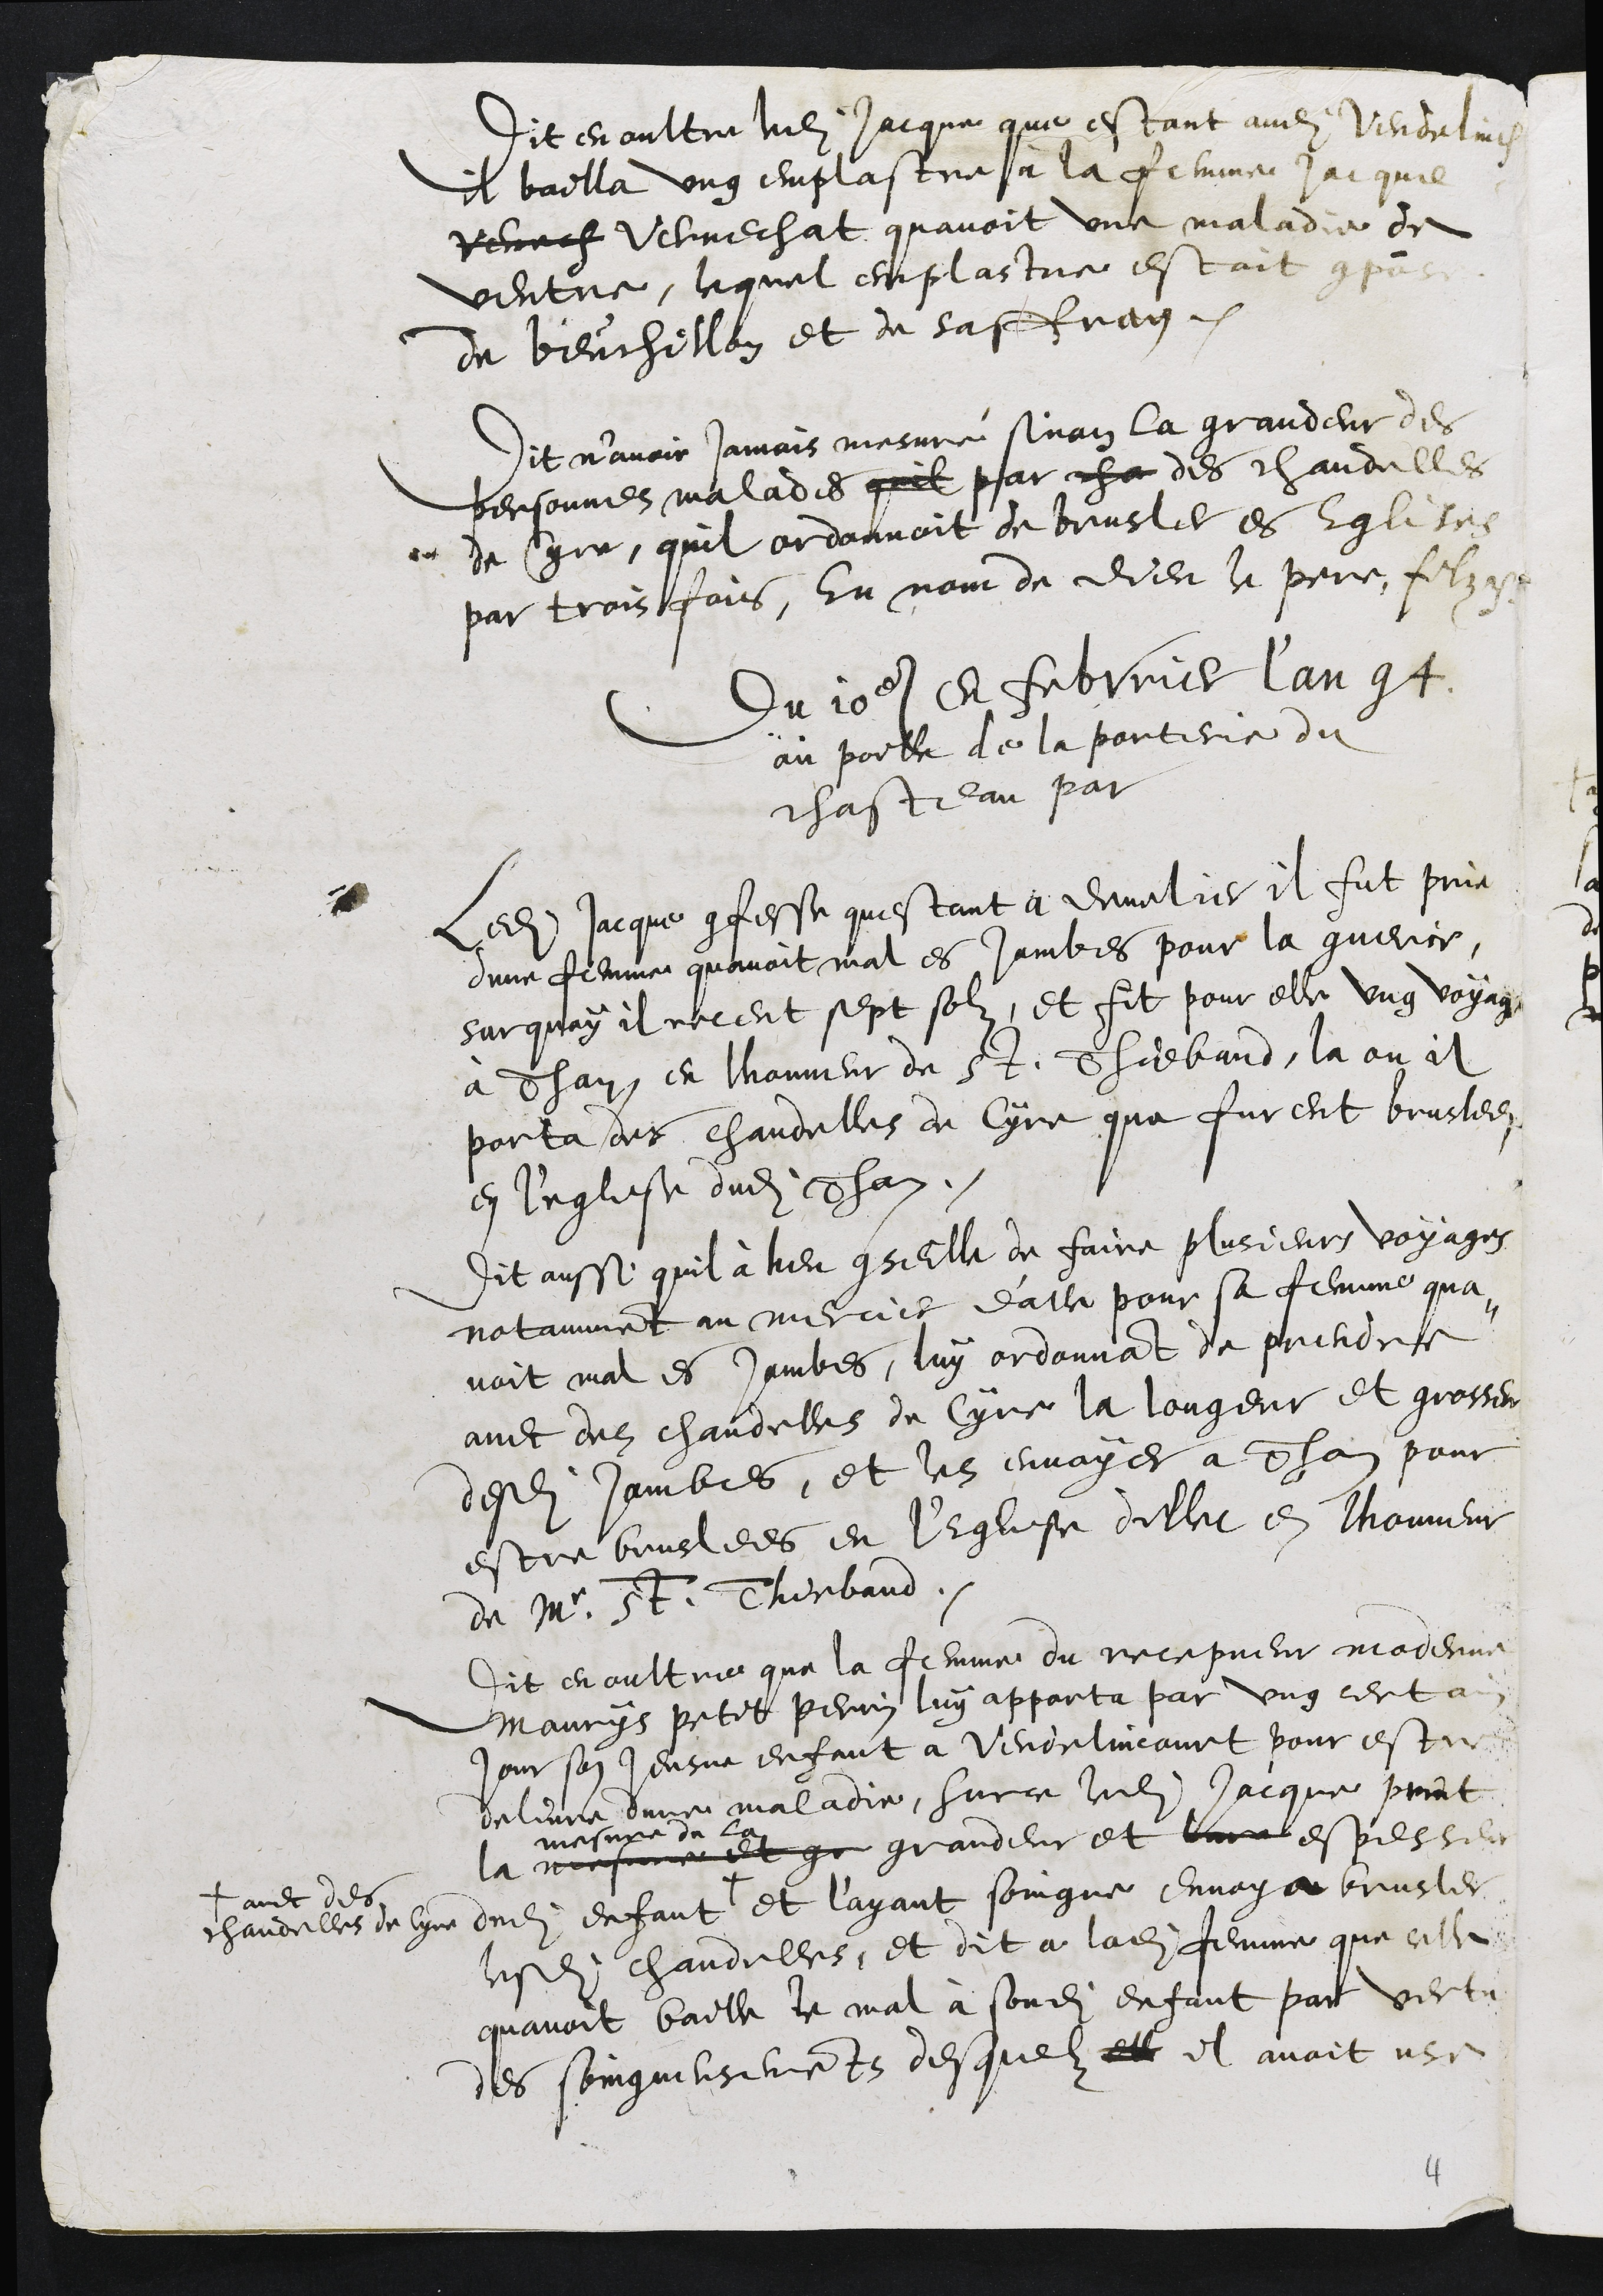
Dit en oultre ledit Jacque que estant audit Vendelincourt
il bailla ung emplastre a la femme Jacque
Venech Vernechat quavoit une maladie de
ventre, lequel emplastre estoit compose
de beuchillon et de saffran.
Dit n’avoir jamais mesuré, sinon la grandeur des
personnez malades quil par cha des chandelles
de Cyre, quil ordonnoit de brusler es Eglises
par trois fois, En nom de Dieu le pere, filz etc.
Du 10e Febvrier l'an 94
au poille de la porterie du
chasteau par
ledit Jaque confesse questant a Develier il fut prie
dune femme quavoit mal es jambes pour la guerir
Surquoy il receut sept solz, et fit pour elle ung voyage
à Than, en honneur de St. Thiebaud, la ou il
porta des chandelles de Cyre que furent bruslees
en l'eglise dudit Than
Dit aussi quil à heu conseille de faire plusieurs voyages
notamment au mercier dalle pour sa femme qua¬
voit mal es jambes, luy ordonnant de prendre
avec des chandelles de cyre la longeur et grosseur
desdits jambes, et les envoyer Than pour
estre bruslees en leglise dillec en lhonneur
de Mr. St Thiebaud.
Dit en oultre que la femme du recepveur moderne
Maurys petit Perrin luy apporta par ung certain
jour son jeusne enfant a Vendelincourt pour estre
delivre dune maladie, surce ledit Jacque print
la mesure et gr
mesure de la
grandeur et leur espesseur
dudit enfant+
+ avec des
chandelles de Cyre
et l'ayant soingne envoya brusler
lesdites chandelles, et dit a ladite femme que celle
quavoit baill le mal à sondit enfant par vertu
des soingneusementz desquelz elle il avoit use